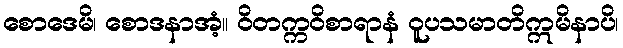
စောဒေမိ၊ စောဒနာအံ့။ ဝိတက္ကဝိစာရာနံ ဝူပသမာတိဣမိနာပိ၊